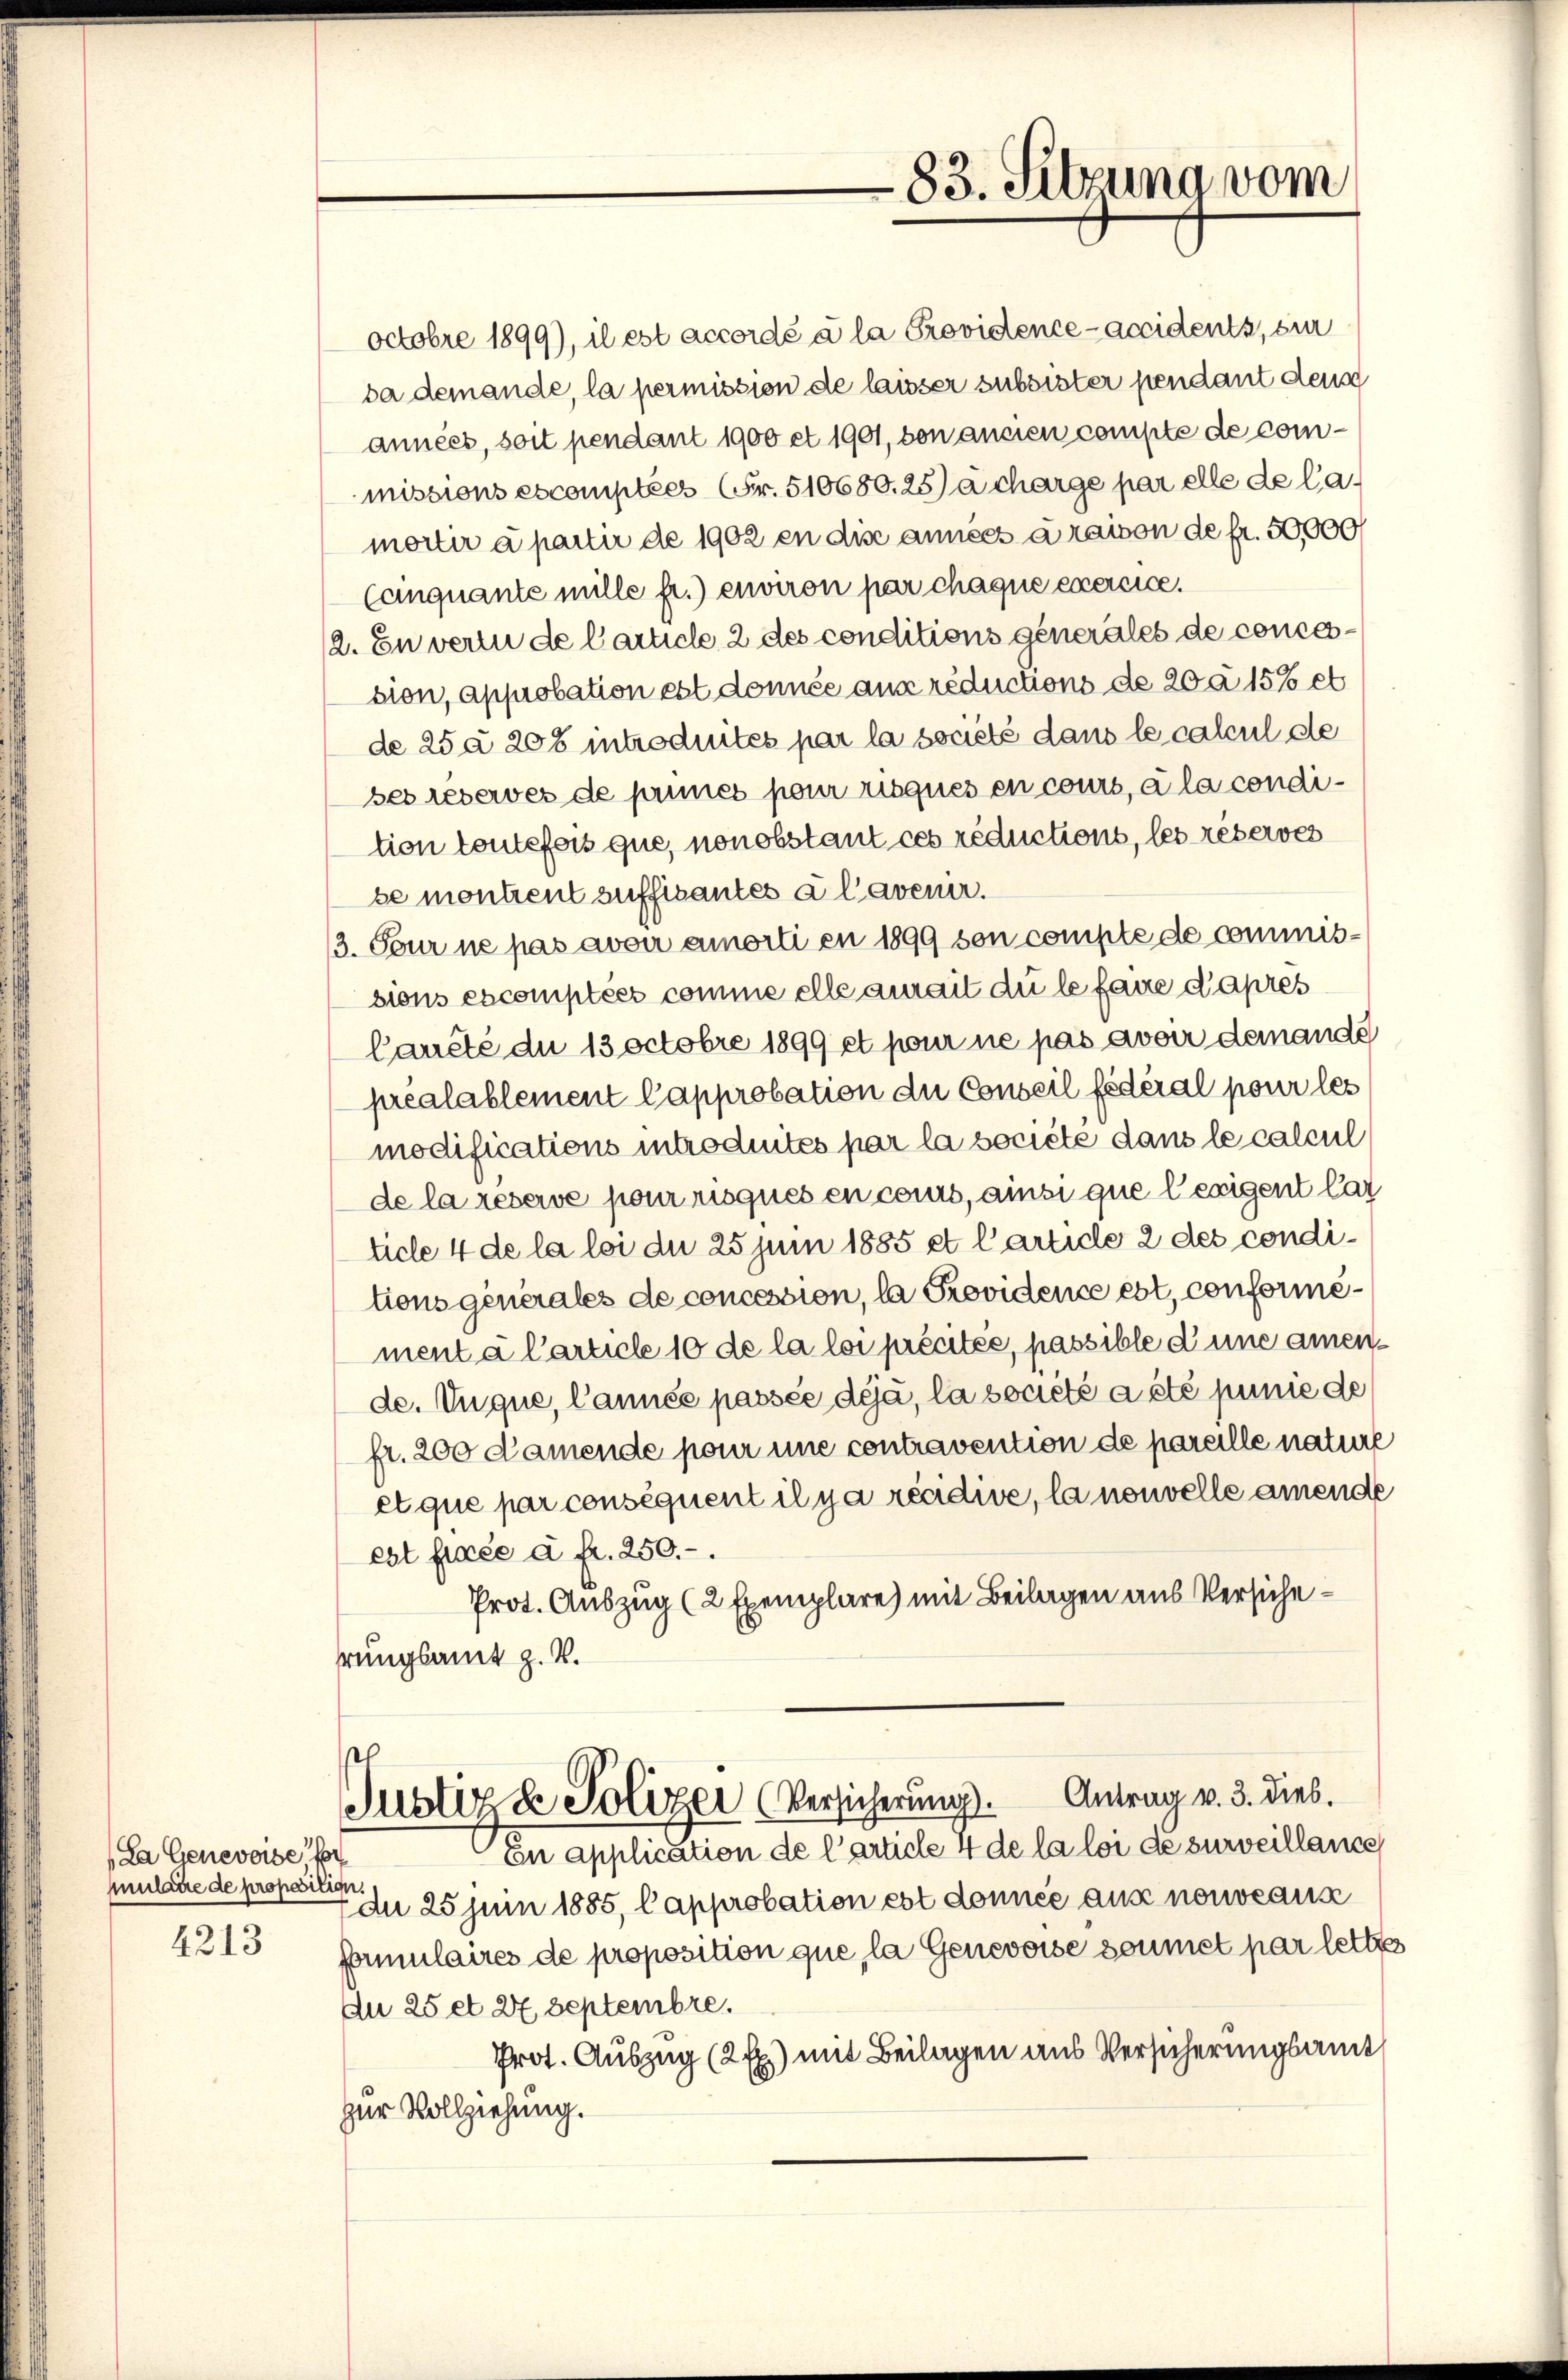
La Genevoise for
mulare de proposition.
4213

octobre 1899), il est accordé à la Provistence-Accidents, sie
da demande, la permission de laisser subsister pendant dens
années, soit pendant 1900 et 1901, von ancien compte de commissions escomptées (Fr. 510680. 25) a charge par elle de la
mortir a partir de 1902 en dise années à raison de fr. 50000
Canquante mille fr.) environ par chaque exercice.
2. En verin de Carticle 2 des conditions generales de concession, approbation est donnée aus réductions de 200 15% et
de 25 § 208 introduites par la societe dans le calcul de
ses leberves de princs pour risques en cours, à la condition toutefois que, nonobstant ces réductions, les réserves
be montrent suffisantes à l’avener.
3. Tour ne pas avoir amorti en 1899 son compte de commissions excomptées comme elle aurait du le faire d’apres
Careté du 13 Octobre 1899 et pour ne pas avoir demande
préalablement Capprobation du Conseil fédéral pour les
modifications introduités par la societe dans le calcul
de la reserve pour risques en cours, ainsi que lesigent las
ticle 4 de la loi du 25 Juni 1885 et Carticle 2 des conditions generales de concession, la Providence est, conformement à Carticle 10 de la loi précitée, passible d une amende. Vuque, Cannée passée déjà, la societe a été punie de
fr. 200 Damende pour une contravention de pareille nature
et que par conséquent il y a récidive, la nouvelle amende
est fixée à fr. 250. –.
Prot. Auszug (2 Exemplare) mit Beilagen aus Versichehrungsamt z. V.
e
Justiz & Polizei (Versicherung. Antrag v. 3. dies.
En application de l’article 4 de la loi de surveillance
du 25 Juni 1885, Capprobation est donnée aus nouveaux
formulaires de proposition que, la Genevoise soumet par letzte
An 25 et 27 Septembre.
Prot. Auszug (2 Ex) mit Beilagen aus Versicherungsamt
zur Vollziehung.

-83. Sitzung vom